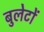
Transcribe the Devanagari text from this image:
बुलेटों